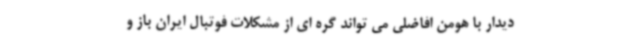
دیدار با هومن افاضلی می تواند گره ای از مشکلات فوتبال ایران باز و